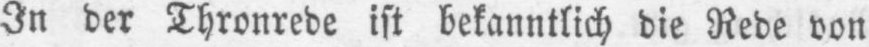
In der Thronrede ist bekanntlich die Rede von